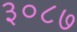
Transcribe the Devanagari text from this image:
३०८७